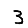
Digit: 3